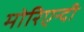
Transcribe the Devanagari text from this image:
मोरिएन्दी